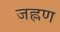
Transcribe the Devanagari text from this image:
जह्लण